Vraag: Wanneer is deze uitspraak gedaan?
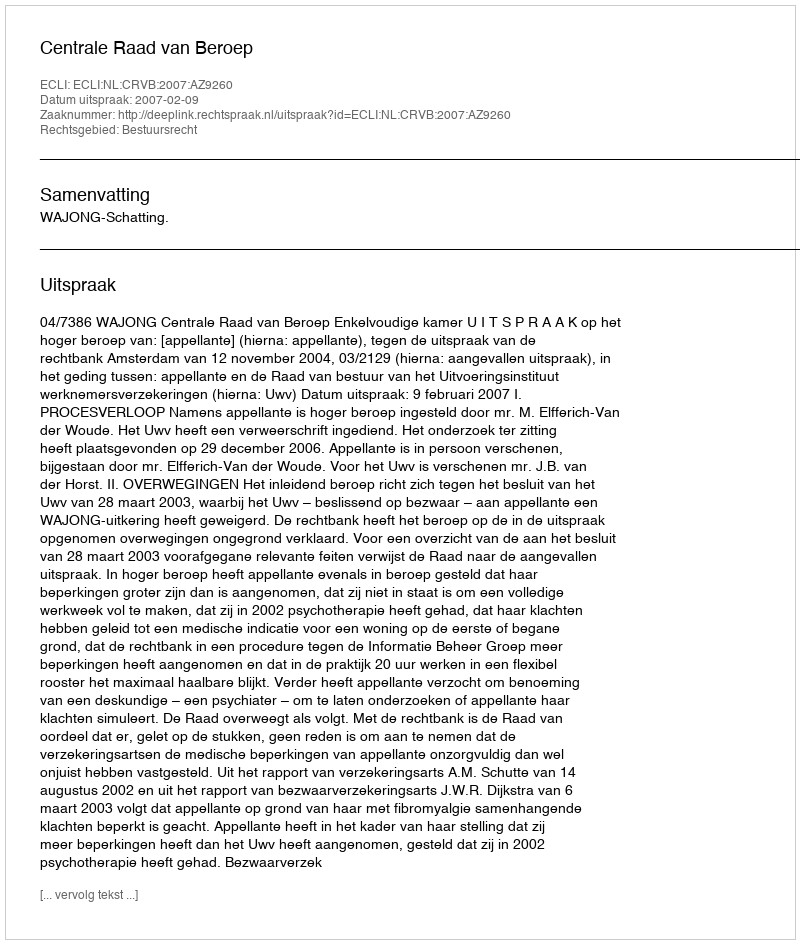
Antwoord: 2007-02-09